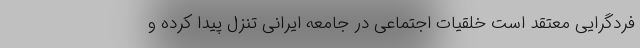
فردگرایی معتقد است خلقیات اجتماعی در جامعه ایرانی تنزل پیدا کرده و